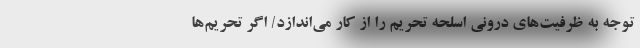
توجه به ظرفیت‌های درونی اسلحه تحریم را از کار می‌اندازد/ اگر تحریم‌ها